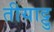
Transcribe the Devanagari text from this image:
तीयाट्टु